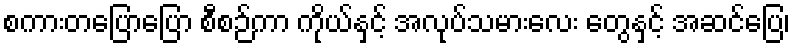
စကားတပြောပြော စီစဉ်ကာ ကိုယ်နှင့် အလုပ်သမားလေး တွေနှင့် အဆင်ပြေ၊